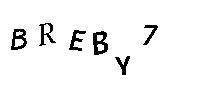
BREBY7